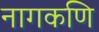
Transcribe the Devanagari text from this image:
नागकणि